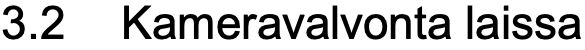
3.2 Kameravalvonta laissa